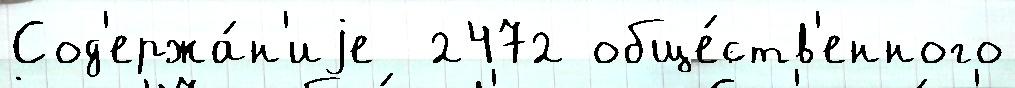
Сод'ержа́н'иjе  2472 обще́ств'енного